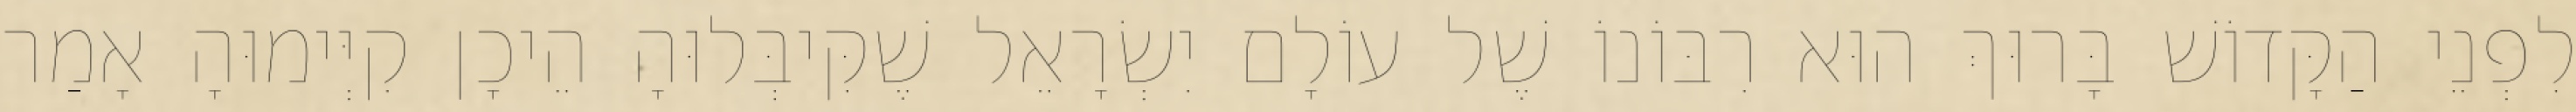
לִפְנֵי הַקָּדוֹשׁ בָּרוּךְ הוּא רִבּוֹנוֹ שֶׁל עוֹלָם יִשְׂרָאֵל שֶׁקִּיבְּלוּהָ הֵיכָן קִיְּימוּהָ אָמַר